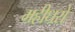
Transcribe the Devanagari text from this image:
महीधरो